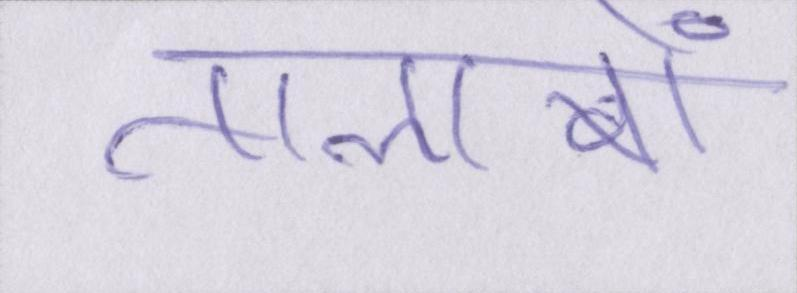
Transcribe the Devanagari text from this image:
तालाबों